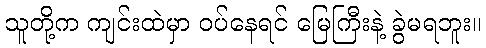
သူတို့က ကျင်းထဲမှာ ဝပ်နေရင် မြေကြီးနဲ့ ခွဲမရဘူး။